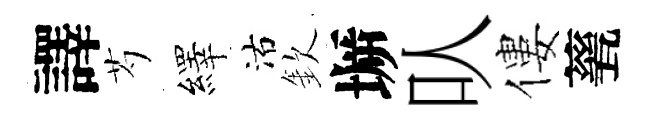
譯芍繹沽欽󶱲㕥僂甆